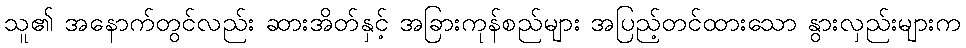
သူ၏ အနောက်တွင်လည်း ဆားအိတ်နှင့် အခြားကုန်စည်များ အပြည့်တင်ထားသော နွားလှည်းများက